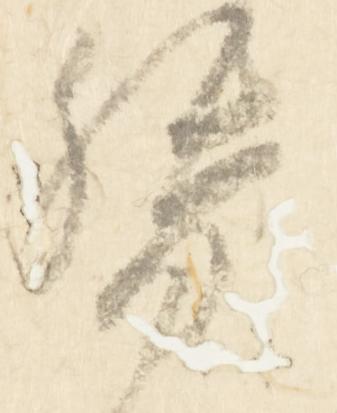
督